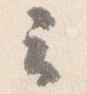
云